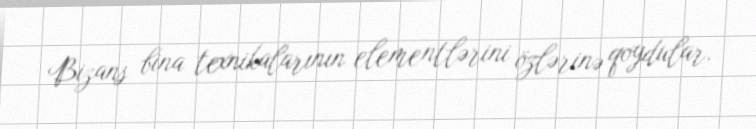
Bizans bina texnikalarının elementlərini özlərinə qoydular.